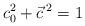
LaTeX: \begin{align*}c_{0}^{2} + \vec{c} \,^{2} = 1\end{align*}